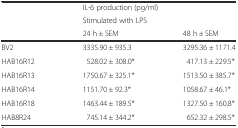
|  | <COLSPAN=2> IL-6 production (pg/ml) |
 |  | <COLSPAN=2> Stimulated with LPS |
 |  | 24 h ± SEM | 48 h ± SEM |
 | --- | --- | --- |
 | BV2 | 3335.90 ± 935.3 | 3295.36 ± 1171.4 |
 | HAB16R12 | 528.02 ± 308.0* | 417.13 ± 229.5* |
 | HAB16R13 | 1750.67 ± 325.1* | 1513.50 ± 385.7* |
 | HAB16R14 | 1151.70 ± 92.3* | 1058.67 ± 46.1* |
 | HAB16R18 | 1463.44 ± 189.5* | 1327.50 ± 160.8* |
 | HAB8R24 | 745.14 ± 344.2* | 652.32 ± 298.5* |